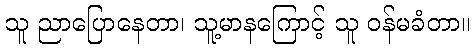
သူ ညာပြောနေတာ၊ သူ့မာနကြောင့် သူ ဝန်မခံတာ။